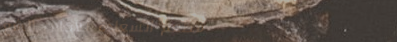
مطعم السعادة للأكلات الشع